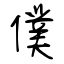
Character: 僕